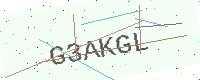
Text: G3AKGL